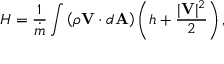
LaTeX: H = { \frac { 1 } { \dot { m } } } \int \left( { \rho \mathbf { V } \cdot d \mathbf { A } } \right) \left( h + { \frac { | \mathbf { V } | ^ { 2 } } { 2 } } \right) ,